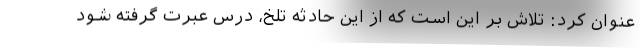
عنوان کرد: تلاش بر این است که از این حادثه تلخ، درس عبرت گرفته شود